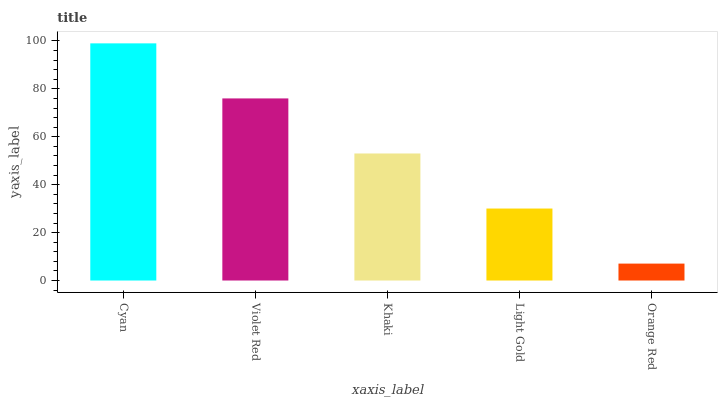
| xaxis_label | bars |
 | --- | --- |
 | Cyan | 99 |
 | Violet Red | 76 |
 | Khaki | 53 |
 | Light Gold | 30 |
 | Orange Red | 7.07 |